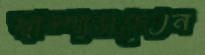
স্বাস্থ্যসচেতন